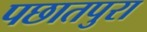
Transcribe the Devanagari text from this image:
पछातपुरा